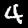
Label: 4